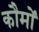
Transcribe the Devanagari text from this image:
कौमों